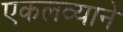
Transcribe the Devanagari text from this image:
एकलव्याने